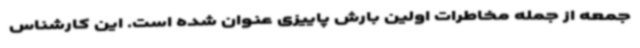
جمعه از جمله مخاطرات اولین بارش پاییزی عنوان شده است. این کارشناس